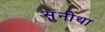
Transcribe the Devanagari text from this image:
सुनीथा